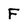
Character: F